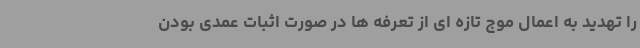
را تهدید به اعمال موج تازه ای از تعرفه ها در صورت اثبات عمدی بودن